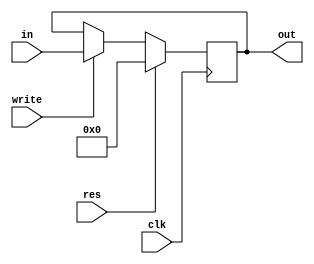
`timescale 1ns / 1ps
//////////////////////////////////////////////////////////////////////////////////
// Company: 
// Engineer: 
// 
// Design Name: 
// Module Name: PC
// Project Name: 
// Target Devices: 
// Tool Versions: 
// Description: 
// 
// Dependencies: 
// 
// Revision:
// Revision 0.01 - File Created
// Additional Comments:
// 
//////////////////////////////////////////////////////////////////////////////////


module PC(
    input clk,
    input res,
    input write,
    input [31:0] in,
    output reg[31:0] out
    );
    
    always @(posedge clk)
    begin
        if(res)
            out = 0;
        else if(write)
            out = in;
    end
    
    
    
endmodule